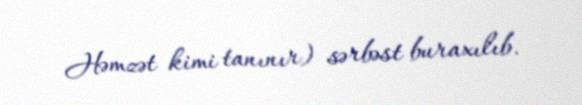
Həmzət kimi tanınır) sərbəst buraxılıb.